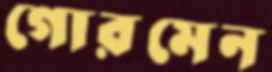
গোরমেন